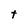
Character: t